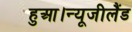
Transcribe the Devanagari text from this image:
हुआ।न्यूजीलैंड